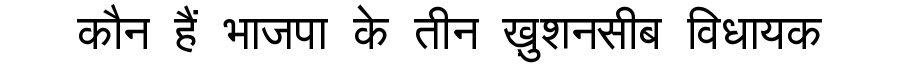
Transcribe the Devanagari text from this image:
कौन हैं भाजपा के तीन ख़ुशनसीब विधायक